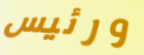
ورئيس